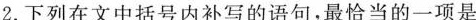
2.下列在文中括号内补写的语句，最恰当的一项是